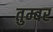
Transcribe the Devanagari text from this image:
तुम्बर